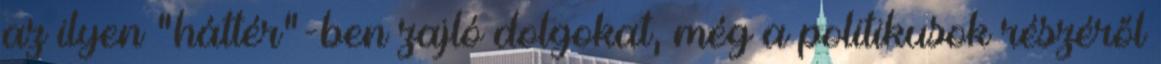
az ilyen "háttér"-ben zajló dolgokat, még a politikusok részéről